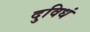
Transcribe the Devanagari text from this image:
दुविधं